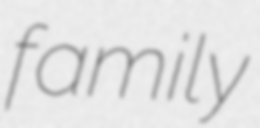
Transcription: family